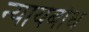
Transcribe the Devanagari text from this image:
न्यायबोध